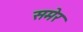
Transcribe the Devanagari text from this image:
समेर